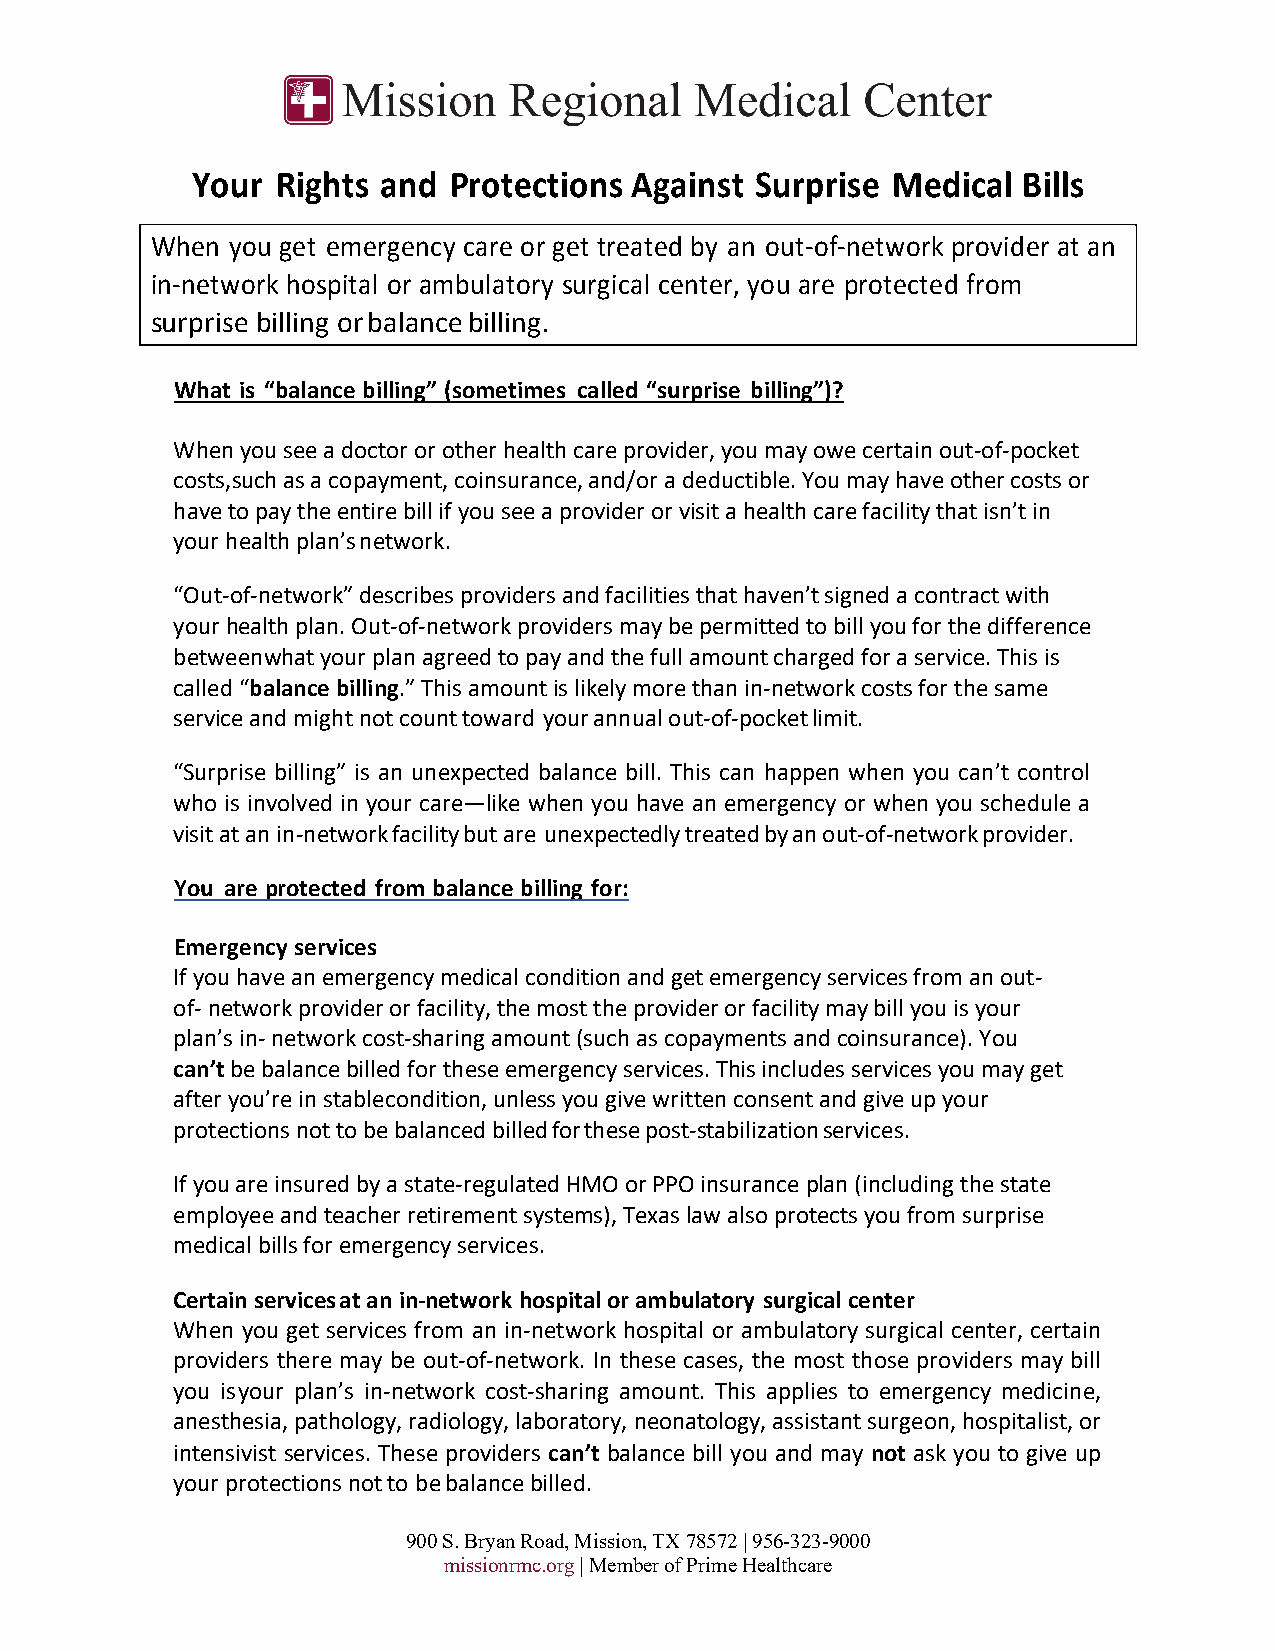
Your Rights and  Protections Against Surprise Medical  Bills
 When you get emergency care or get treated by an out-of-network provider at an
 in-network hospital or ambulatory surgical center, you are protected from
 surprise billing or balance billing.
 What is “balance billing” (sometimes called “surprise billing”)?
 When you see a doctor or other health care provider, you may owe certain out-of-pocket
 costs, such as a copayment, coinsurance, and/or a deductible. You may have other costs or
 have to pay the entire bill if you see a provider or visit a health care facility that isn’t in
 your health plan’s network.
 “Out-of-network” describes providers and facilities that haven’t signed a contract with
 your health plan. Out-of-network providers may be permitted to bill you for the difference
 between what your plan agreed to pay and the full amount charged for a service. This is
 called “balance billing.” This amount is likely more than in-network costs for the same
 service and might not count toward your annual out-of-pocket limit.
 “Surprise billing” is an unexpected balance bill. This can happen when you can’t control
 who is involved in your care—like when you have an emergency or when you schedule a
 visit at an in- network facility but are unexpectedly treated by an out-of-network provider.
 You are protected from balance billing for:
 Emergency services
 If you have an emergency medical condition and get emergency services from an out-
 of- network provider or facility, the most the provider or facility may bill you is your
 plan’s in- network cost-sharing amount (such as copayments and coinsurance). You
 can’t be balance billed for these emergency services. This includes services you may get
 after you’re in stable condition, unless you give written consent and give up your
 protections not to be balanced billed for these post-stabilization services.
 If you are insured by a state-regulated HMO or PPO insurance plan (including the state
 employee and teacher retirement systems), Texas law also protects you from surprise
 medical bills for emergency services.
 Certain services at an in-network hospital or ambulatory surgical center
 When you get services from an in-network hospital or ambulatory surgical center, certain
 providers there may be out-of-network. In these cases, the most those providers may bill
 you is your plan’s in-network cost-sharing amount. This applies to emergency medicine,
 anesthesia, pathology, radiology, laboratory, neonatology, assistant surgeon, hospitalist, or
 intensivist services. These providers can’t balance bill you and may not ask you to give up
 your protections not to be balance billed.
 900 S. Bryan Road, Mission, TX 78572 | 956-323-9000
 missionrmc.org | Member of Prime Healthcare